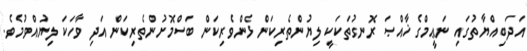
އަދަބިއްޔާތުގައި ނަޢީމްގެ ޚާއްޞަ ރޮނގުތަކަކީ ލިޔުންތެރިކަން ޅެންވެރިކަން ބަސްމޮށުންތެރިކަން އަދި ވާހަކަ ލިޔުއްވުމެވެ.